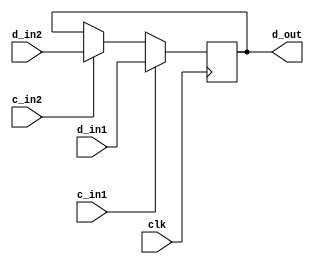
module reg_DATA (clk, d_in1, d_in2, c_in1, c_in2, d_out);

input wire[7:0] d_in1, d_in2;
output reg[7:0] d_out=8'd0;

input c_in1, c_in2, clk;

always @ (posedge clk)
begin
  if      (c_in1) d_out <= d_in1;
  else if (c_in2) d_out <= d_in2;
  else            d_out <= d_out;
end

endmodule